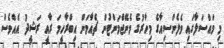
މި މައްސަލާގައި ވެލެންސިއާގެ މިހާރުގެ މެނޭޖްމަންޓުން ޗެއާމަން އިބްރާހީމަ ރާއީ ރަޝީދު އެއްވެސް